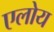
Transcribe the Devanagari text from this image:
एलोय